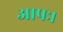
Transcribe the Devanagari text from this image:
आपः।